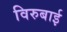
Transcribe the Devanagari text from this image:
विरुबाई